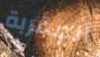
المقربة